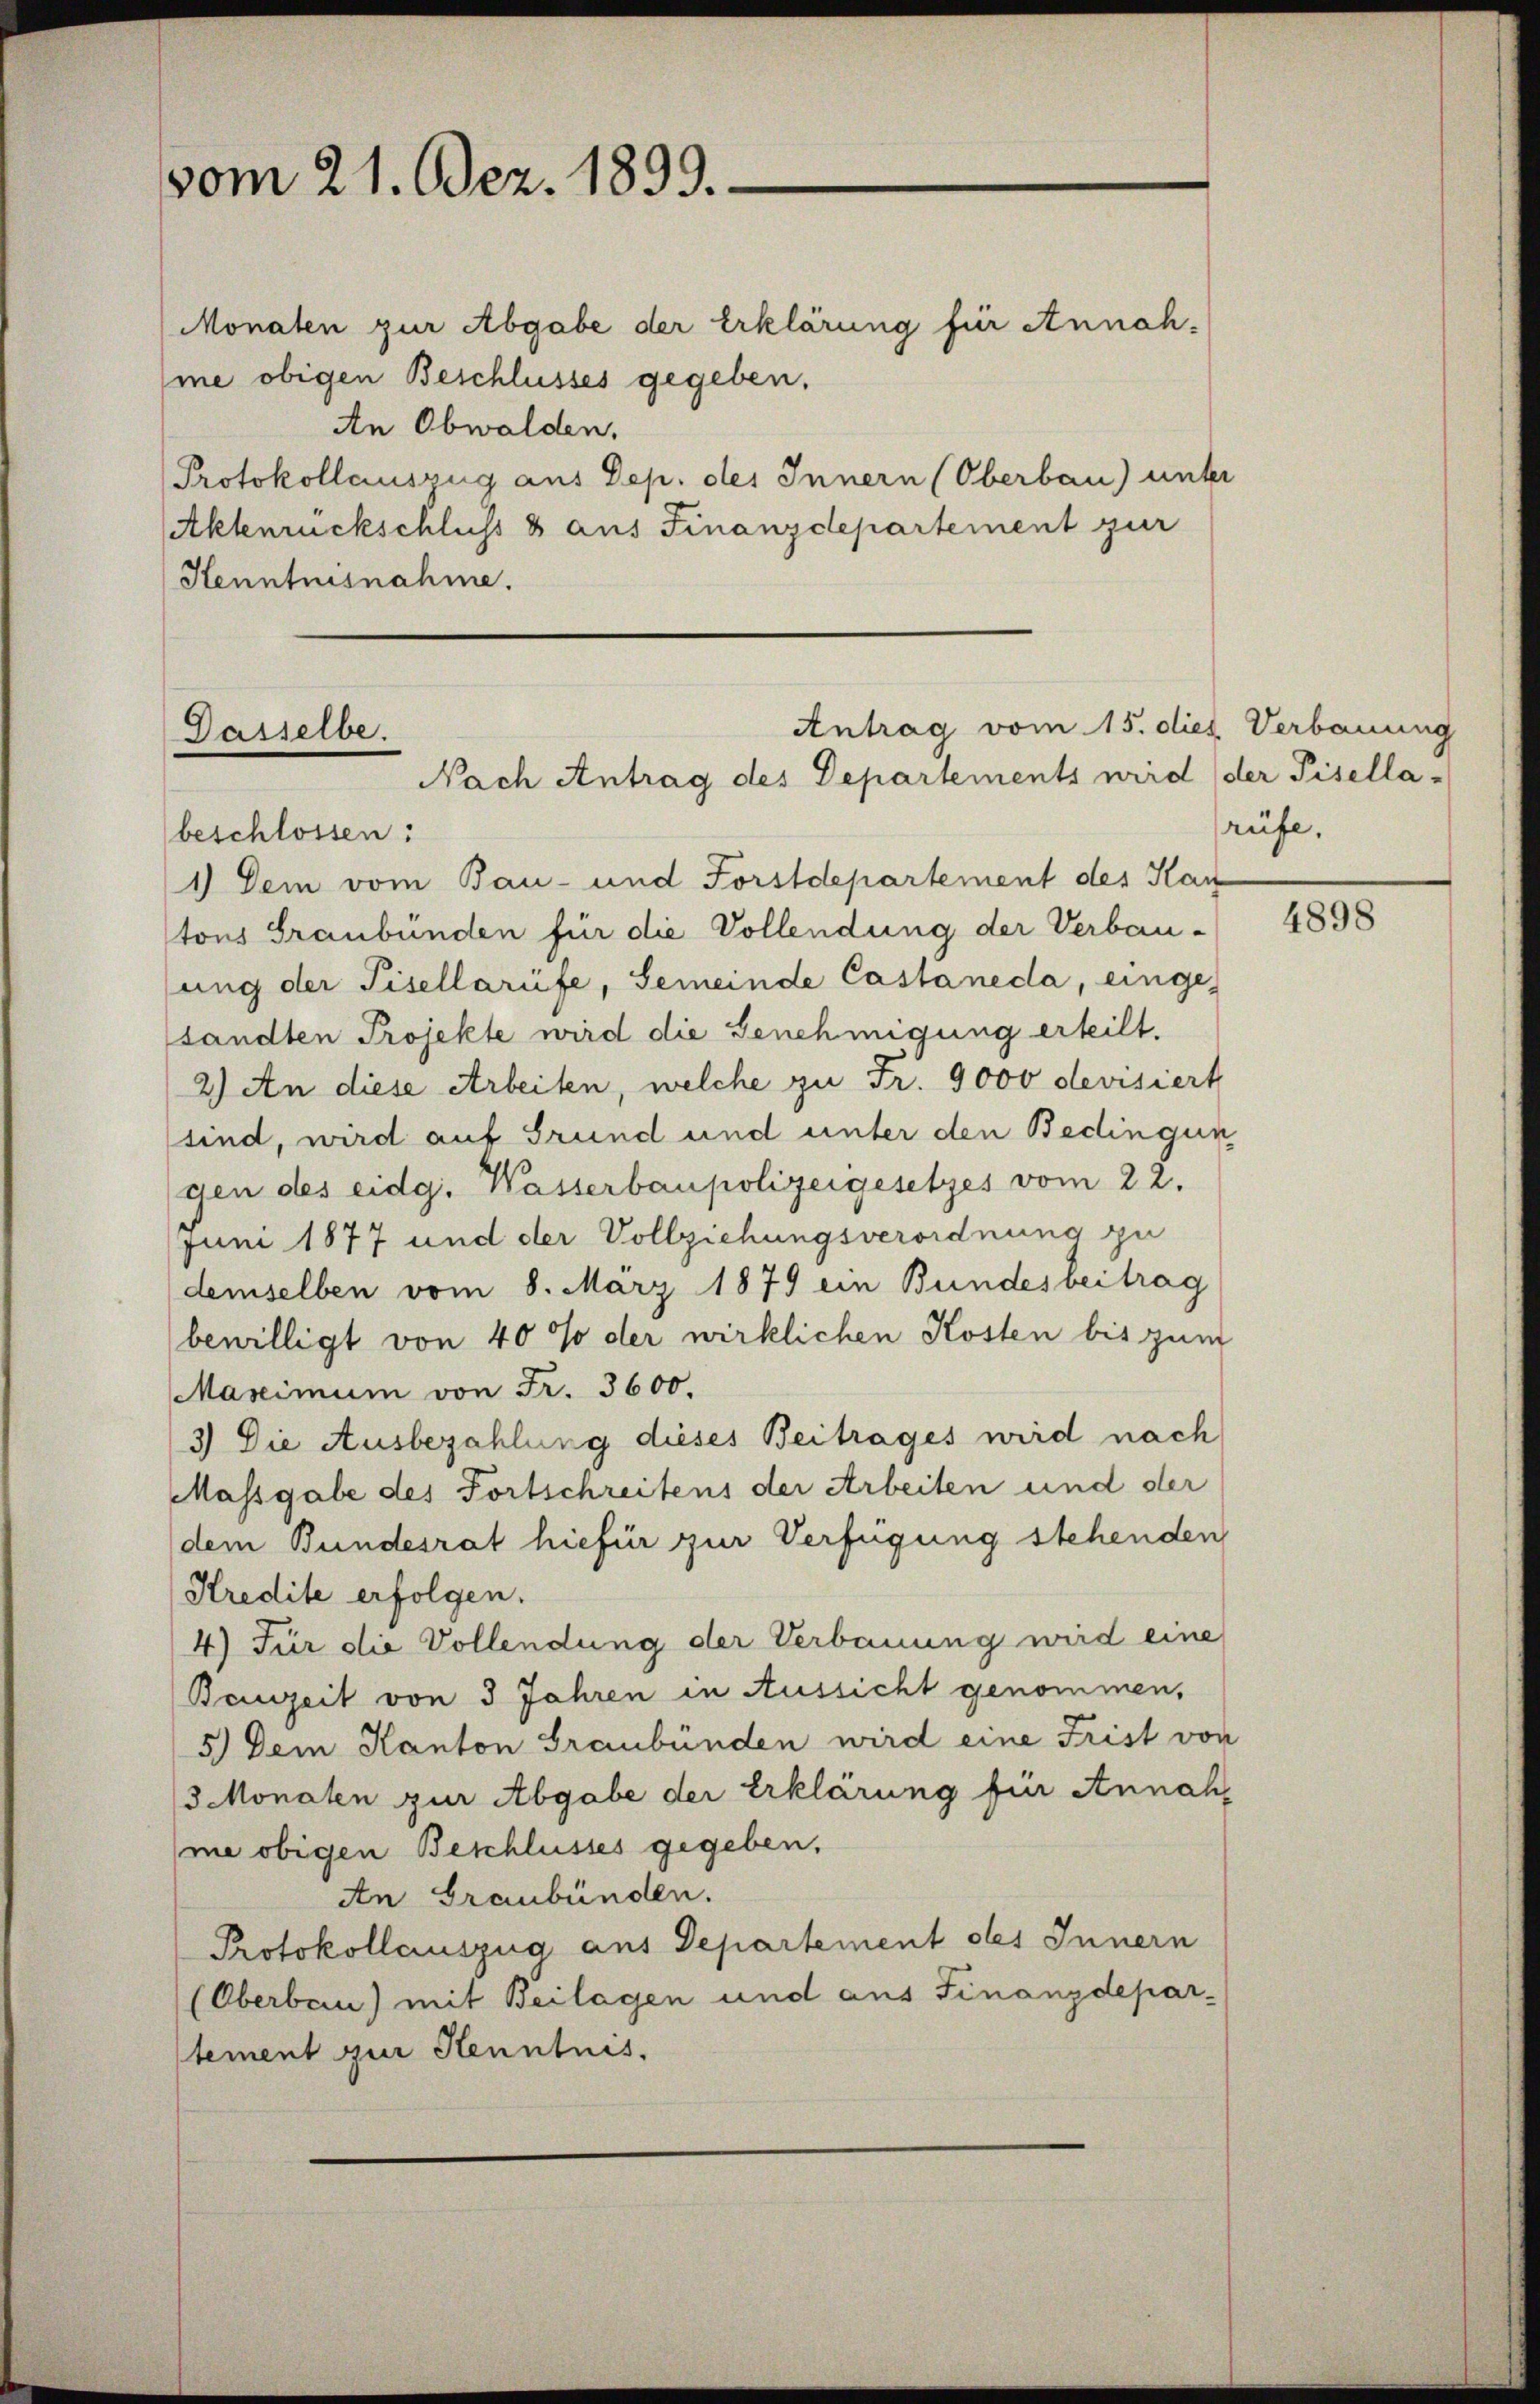
vom 21. Dez. 1899.

Monaten zur Abgabe der Erklärung für Annahme obigen Beschlusses gegeben.
An Obwalden,
Protokollauszug aus Dep. des Innern (Oberbau) unter
Aktenrückschluss 8 aus Finanzdepartement zur
Henntnisnahme.

Antrag vom 15. dies Verbauung
Dasselbe.
Nach Antrag des Departements wird der Pisella-

beschlossen:
1.) Dem vom Bau- und Forstdepartement des Han
tons Graubünden für die Vollendung der Verbau-
sung der Pisellarüfe, Gemeinde Castaneda, eingesandten Projekte wird die Genehmigung erteilt.
2) An diese Arbeiten, welche zu Fr. 9000 devisiert
sind, wird auf Grund und unter den Bedingun
gen des eidg. Wasserbaupolizeigesetzes vom 22.
Juni 1877 und der Vollziehungsverordnung zu
demselben vom 8. März 1879 ein Bundesbeitrag
bewilligt von 40% der wirklichen Kosten bis zum
Maximum von Fr. 3600.
3) Die Ausbezahlung dieses Beitrages wird nach
Massgabe des Fortschreitens der Arbeiten und der
(dem Bundesrat hiefür zur Verfügung stehenden
Kredite erfolgen.
4) Für die Vollendung der Verbauung wird eine
Bauzeit von 3 Jahren in Aussicht genommen,
5.) Dem Kanton Graubünden wird eine Frist von
3 Monaten zur Abgabe der Erklärung für Annahme obigen Beschlusses gegeben.
An Graubünden.
Protokollauszug aus Departement des Innern
(Oberben) mit Beilagen und aus Finanzdepar-
tement zur Henntnis.

rüfe,

4898